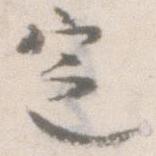
定